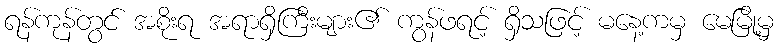
ရန်ကုန်တွင် အစိုးရ အရာရှိကြီးများ၏ ကွန်ဖရင့် ရှိသဖြင့် မနေ့ကမှ မေမြို့မှ